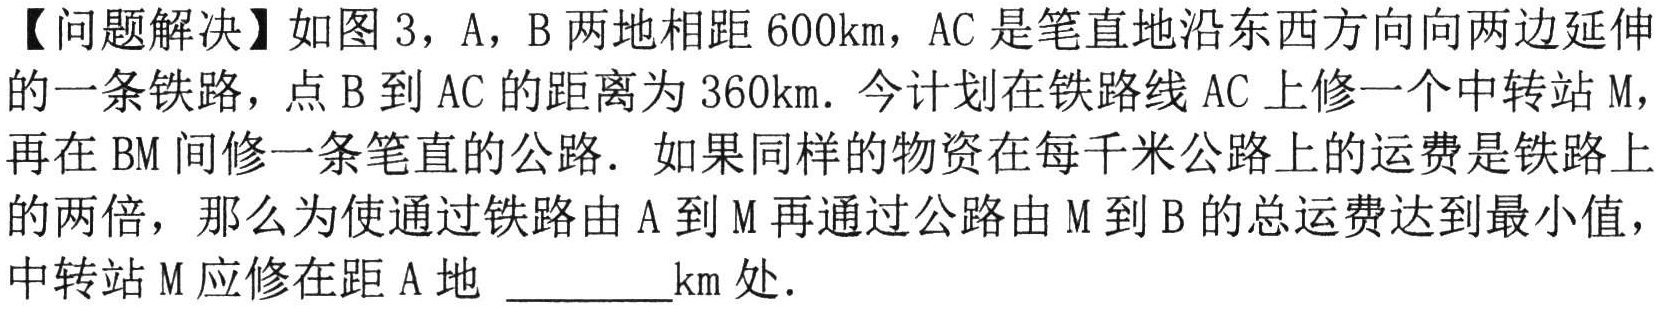
【问题解决】如图3，A，B两地相距\(600\text{km}\)，AC是笔直地沿东西方向向两边延伸的一条铁路，点B到AC的距离为\(360\text{km}\). 今计划在铁路线AC上修一个中转站M，再在BM间修一条笔直的公路. 如果同样的物资在每千米公路上的运费是铁路上的两倍，那么为使通过铁路由A到M再通过公路由M到B的总运费达到最小值，中转站M应修在距A地 \_\_\_\_\_\(\text{km}\)处.